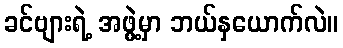
ခင်ဗျားရဲ့ အဖွဲ့မှာ ဘယ်နှယောက်လဲ။